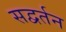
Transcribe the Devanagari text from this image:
सद्वर्तन